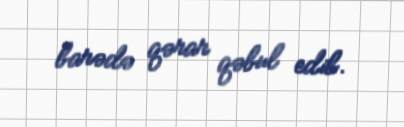
barədə qərar qəbul edib.